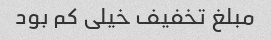
مبلغ تخفیف خیلی کم بود